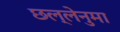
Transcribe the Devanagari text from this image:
छल्लेनुमा